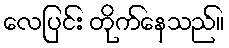
လေပြင်း တိုက်နေသည်။